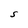
Character: S